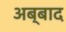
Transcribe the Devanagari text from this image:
अब्बाद